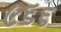
૯૬૬